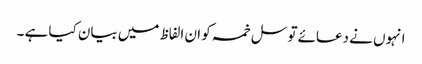
انہوں نے دعائے توسل خمسہ کو ان الفاظ میں بیان کیا ہے ۔